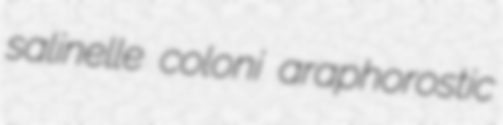
salinelle coloni araphorostic